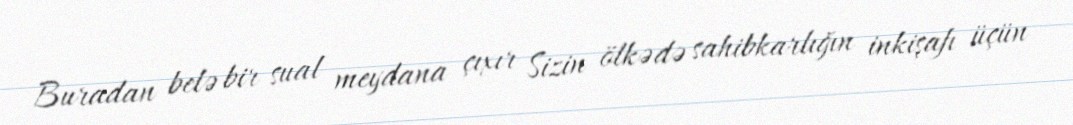
Buradan belə bir sual meydana çıxır Sizin ölkədə sahibkarlığın inkişafı üçün